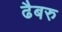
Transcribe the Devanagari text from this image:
ढैबरु